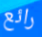
رائع